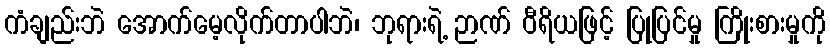
ကံချည်းဘဲ အောက်မေ့လိုက်တာပါဘဲ၊ ဘုရားရဲ့ ဉာဏ် ဝီရိယဖြင့် ပြုပြင်မှု ကြိုးစားမှုကို